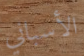
الأسباني